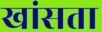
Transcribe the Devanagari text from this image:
खांसता